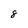
Character: 8